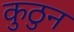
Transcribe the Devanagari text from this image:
कुठुन